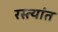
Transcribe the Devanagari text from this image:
रस्त्यांत